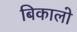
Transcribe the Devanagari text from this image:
बिकालो